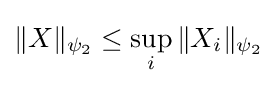
\|X\|_{\psi _{2}}\leq \sup _{i}\|X_{i}\|_{\psi _{2}}